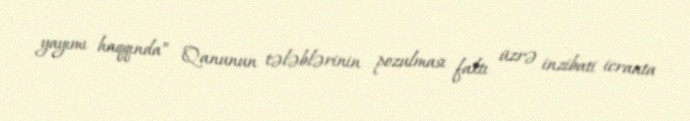
yayımı haqqında” Qanunun tələblərinin pozulması faktı üzrə inzibati icraata